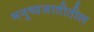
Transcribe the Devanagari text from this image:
मनुष्यजातीतील